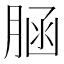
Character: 𦜆